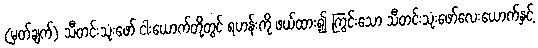
(မှတ်ချက်) သီတင်းသုံးဖော် ငါးယောက်တို့တွင် ရဟန်းကို ဖယ်ထား၍ ကြွင်းသော သီတင်းသုံးဖော်လေးယောက်နှင့်